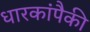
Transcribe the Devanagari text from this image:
धारकांपैकी